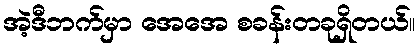
အဲ့ဒီဘက်မှာ အေအေ စခန်းတခုရှိတယ်။